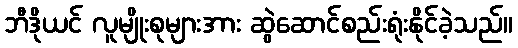
ဘီဒိုယင် လူမျိုးစုများအား ဆွဲဆောင်စည်းရုံးနိုင်ခဲ့သည်။